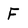
Character: F